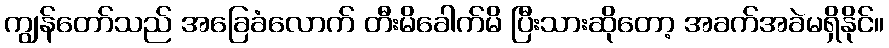
ကျွန်တော်သည် အခြေခံလောက် တီးမိခေါက်မိ ပြီးသားဆိုတော့ အခက်အခဲမရှိနိုင်။